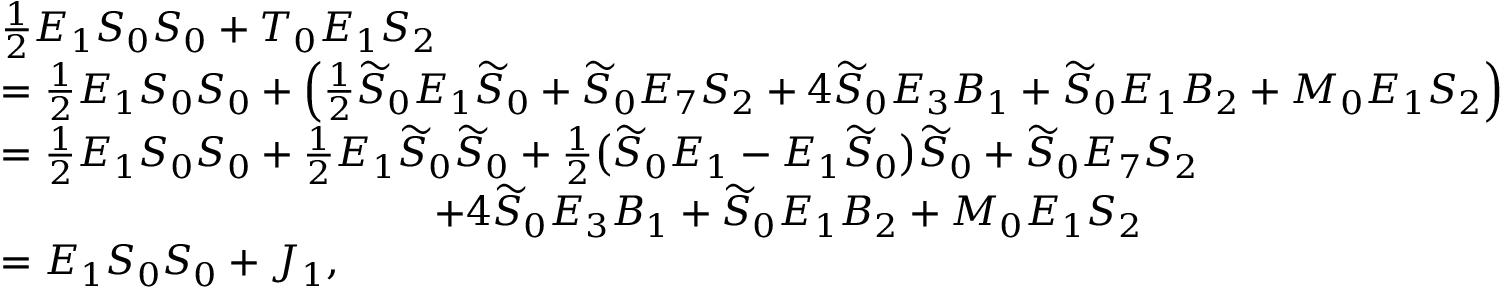
\begin{array} { r l } & { \frac { 1 } { 2 } E _ { 1 } S _ { 0 } S _ { 0 } + T _ { 0 } E _ { 1 } S _ { 2 } } \\ & { = \frac { 1 } { 2 } E _ { 1 } S _ { 0 } S _ { 0 } + \Big ( \frac { 1 } { 2 } \widetilde { S } _ { 0 } E _ { 1 } \widetilde { S } _ { 0 } + \widetilde { S } _ { 0 } E _ { 7 } S _ { 2 } + 4 \widetilde { S } _ { 0 } E _ { 3 } B _ { 1 } + \widetilde { S } _ { 0 } E _ { 1 } B _ { 2 } + M _ { 0 } E _ { 1 } S _ { 2 } \Big ) } \\ & { = \frac { 1 } { 2 } E _ { 1 } S _ { 0 } S _ { 0 } + \frac { 1 } { 2 } E _ { 1 } \widetilde { S } _ { 0 } \widetilde { S } _ { 0 } + \frac { 1 } { 2 } \big ( \widetilde { S } _ { 0 } E _ { 1 } - E _ { 1 } \widetilde { S } _ { 0 } \big ) \widetilde { S } _ { 0 } + \widetilde { S } _ { 0 } E _ { 7 } S _ { 2 } } \\ & { \qquad \qquad \qquad \qquad \qquad ~ ~ + 4 \widetilde { S } _ { 0 } E _ { 3 } B _ { 1 } + \widetilde { S } _ { 0 } E _ { 1 } B _ { 2 } + M _ { 0 } E _ { 1 } S _ { 2 } } \\ & { = E _ { 1 } S _ { 0 } S _ { 0 } + J _ { 1 } , } \end{array}